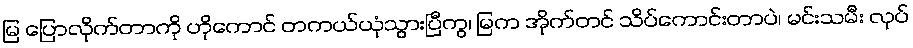
မြ ပြောလိုက်တာကို ဟိုကောင် တကယ်ယုံသွားပြီကွ၊ မြက အိုက်တင် သိပ်ကောင်းတာပဲ၊ မင်းသမီး လုပ်